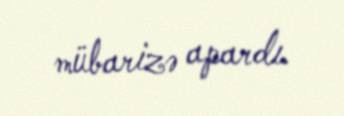
mübarizə apardı.